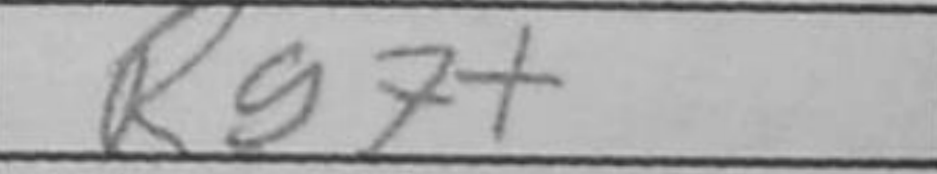
Transcription: Rg7+